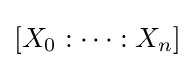
[X_{0}:\cdots :X_{n}]